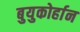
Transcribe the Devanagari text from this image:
बुयुकोर्हान